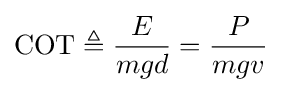
\mathrm {COT} \triangleq {\frac {E}{mgd}}={\frac {P}{mgv}}